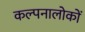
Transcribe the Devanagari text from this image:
कल्पनालोकों